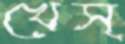
খেস্